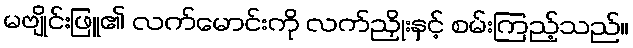
မဗျိုင်းဖြူ၏ လက်မောင်းကို လက်ညှိုးနှင့် စမ်းကြည့်သည်။